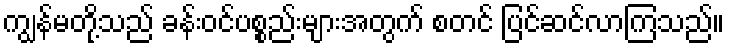
ကျွန်မတို့သည် ခန်းဝင်ပစ္စည်းများအတွက် စတင် ပြင်ဆင်လာကြသည်။